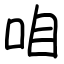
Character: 咱